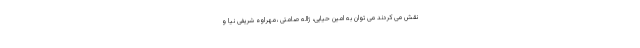
نقش می کردند می توان به امین حیایی، ژاله صامتی ،مهراوه شریفی نیا و